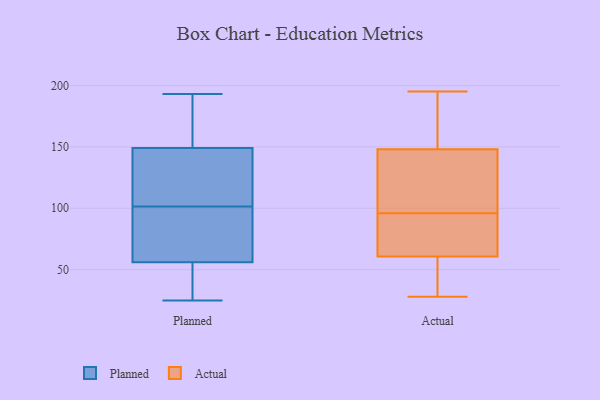
{"axis": {"x": "Satisfaction Score", "y": "Value"}, "legend": ["Actual", "Planned"], "data": [{"x": "", "y": 41, "type": "Planned"}, {"x": "", "y": 193, "type": "Planned"}, {"x": "", "y": 112, "type": "Planned"}, {"x": "", "y": 109, "type": "Planned"}, {"x": "", "y": 179, "type": "Planned"}, {"x": "", "y": 94, "type": "Planned"}, {"x": "", "y": 149, "type": "Planned"}, {"x": "", "y": 31, "type": "Planned"}, {"x": "", "y": 48, "type": "Planned"}, {"x": "", "y": 132, "type": "Planned"}, {"x": "", "y": 56, "type": "Planned"}, {"x": "", "y": 157, "type": "Planned"}, {"x": "", "y": 84, "type": "Planned"}, {"x": "", "y": 25, "type": "Planned"}, {"x": "", "y": 126, "type": "Planned"}, {"x": "", "y": 57, "type": "Planned"}, {"x": "", "y": 157, "type": "Planned"}, {"x": "", "y": 64, "type": "Planned"}, {"x": "", "y": 95, "type": "Actual"}, {"x": "", "y": 125, "type": "Actual"}, {"x": "", "y": 28, "type": "Actual"}, {"x": "", "y": 45, "type": "Actual"}, {"x": "", "y": 98, "type": "Actual"}, {"x": "", "y": 195, "type": "Actual"}, {"x": "", "y": 78, "type": "Actual"}, {"x": "", "y": 96, "type": "Actual"}, {"x": "", "y": 162, "type": "Actual"}, {"x": "", "y": 69, "type": "Actual"}, {"x": "", "y": 168, "type": "Actual"}, {"x": "", "y": 87, "type": "Actual"}, {"x": "", "y": 189, "type": "Actual"}, {"x": "", "y": 31, "type": "Actual"}, {"x": "", "y": 58, "type": "Actual"}, {"x": "", "y": 153, "type": "Actual"}, {"x": "", "y": 133, "type": "Actual"}, {"x": "", "y": 58, "type": "Actual"}, {"x": "", "y": 101, "type": "Actual"}]}